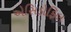
એસિડોફિલ